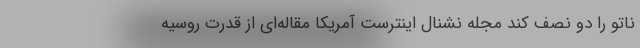
ناتو را دو نصف کند مجله نشنال اینترست آمریکا مقاله‌ای از قدرت روسیه